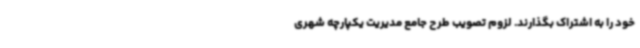
خود را به اشتراک بگذارند. لزوم تصویب طرح جامع مدیریت یکپارچه شهری